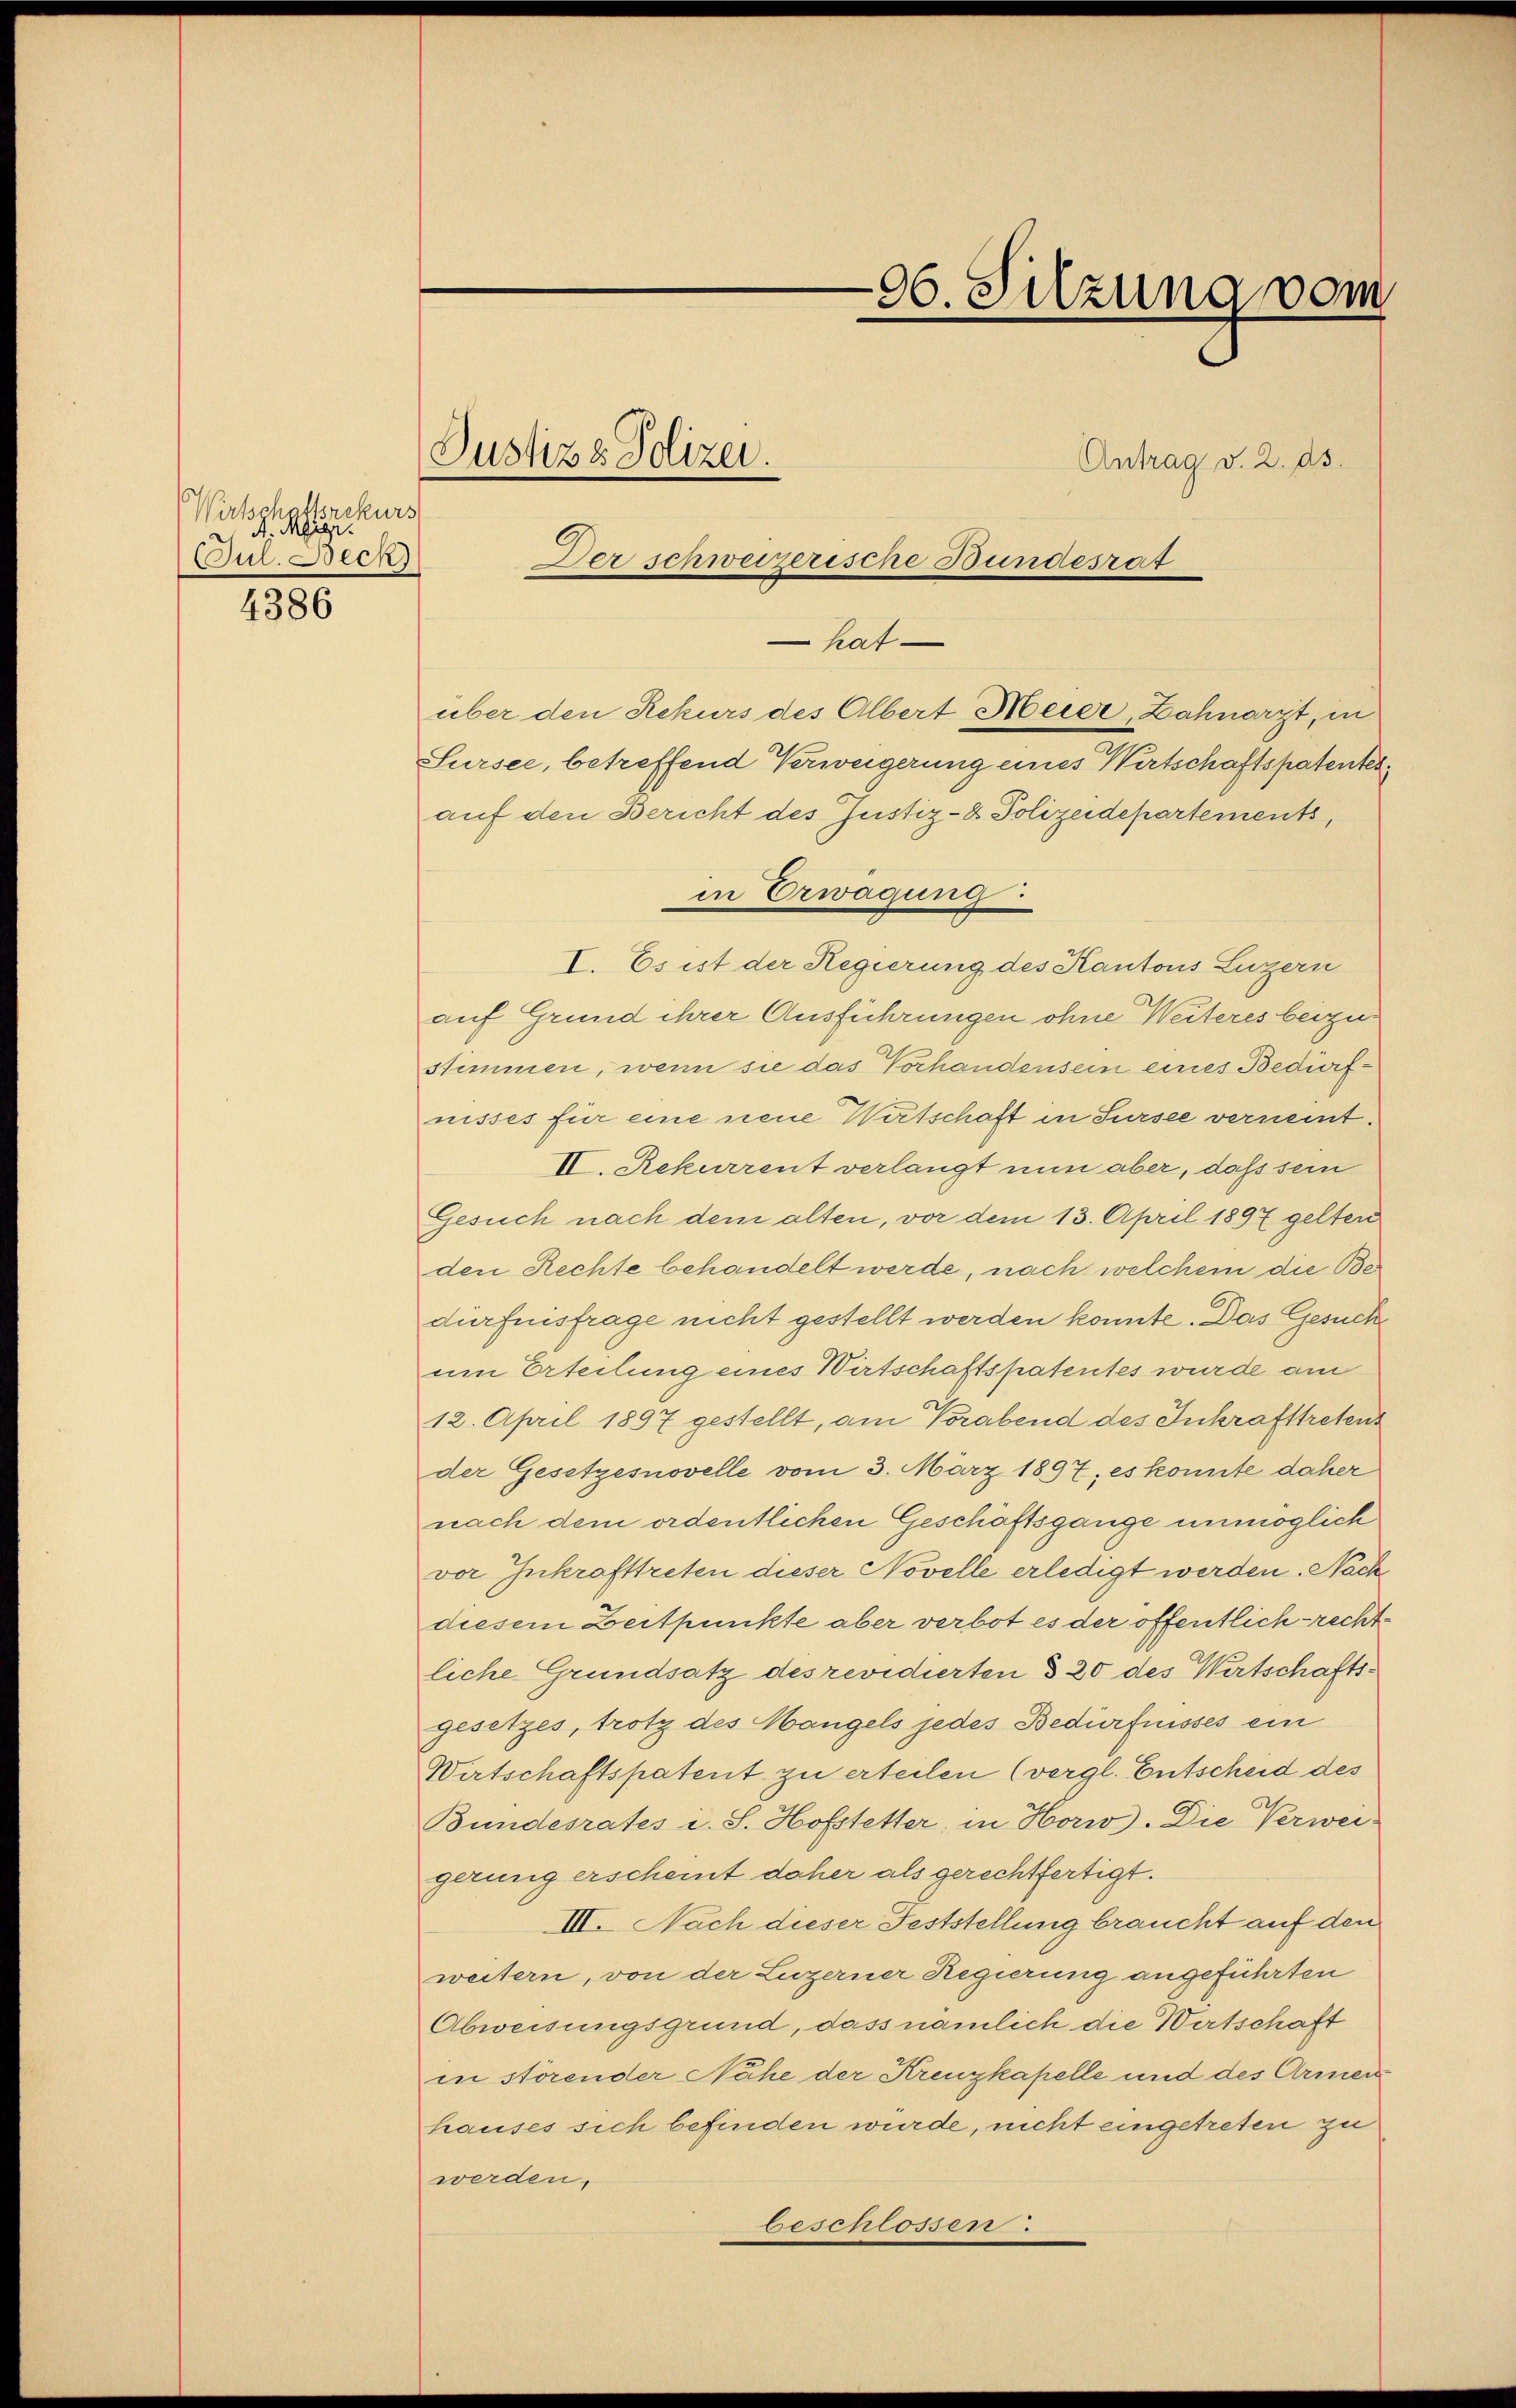
Wirtschaftsrekurs
A. Meigi.
(Jul. Beck)

4386

Justiz & Polizei.
Der schweizerische Bundesrat

hat

96. Silzung vom

über den Rekurs des Albert Meier, Zahnarzt, in
Sursee, betreffend Verweigerung eines Wertschaftspatentes
auf den Bericht des Justiz- & Polizeidepartements,
in Erwägung:
I. Es ist der Regierung des Kantons Luzern
auf Grund ihrer Ausführungen ohne Weiteres beizustimmen, wenn sie das Vorhandensein eines Bediorfnisses für eine neue Wirtschaft in Sursee verneint.
II. Rekurrent verlangt nun aber, daß sein
Gesuch nach dem alten, vor dem 13. April 1897 gelten
den Rechte behandelt werde, nach welchem die Bedürfnisfrage nicht gestellt werden konnte. Das Gesuchum Erteilung eines Wirtschaftspatentes wurde am
12. April 1897 gestellt, am Vorabend des Inkrafttretens
der Gesetzesnovelle vom 3. März 1897, es konnte daher
nach dem ordentlichen Geschäftsgange unmöglich
vor Inkrafttreten dieser Novelle erledigt werden. Nach
diesem Zeitpunkte aber verbot es der öffentlich-rechtliche Grundsatz des revidierten § 20 des Wirtschaftsgesetzes, trotz des Mangels jedes Bedürfnisses ein
Wirtschaftspatent zu erteilen (vergl. Entscheid des
Bundesrates i. S. Hofstetter, in Horw). Die Verweigerung erscheint daher als gerechtfertigt.
III. Nach dieser Feststellung braucht auf den
weitern, von der Luzerner Regierung angeführten
Abweisungsgrund, dass nämlich die Wirtschaft
in störender Nähe der Krenzkapelle und des Armen
hauses sich befinden würde, nicht eingetreten zu
werden,
beschlossen.

Antrag v. 2. ds.